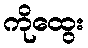
ကိုထွေး